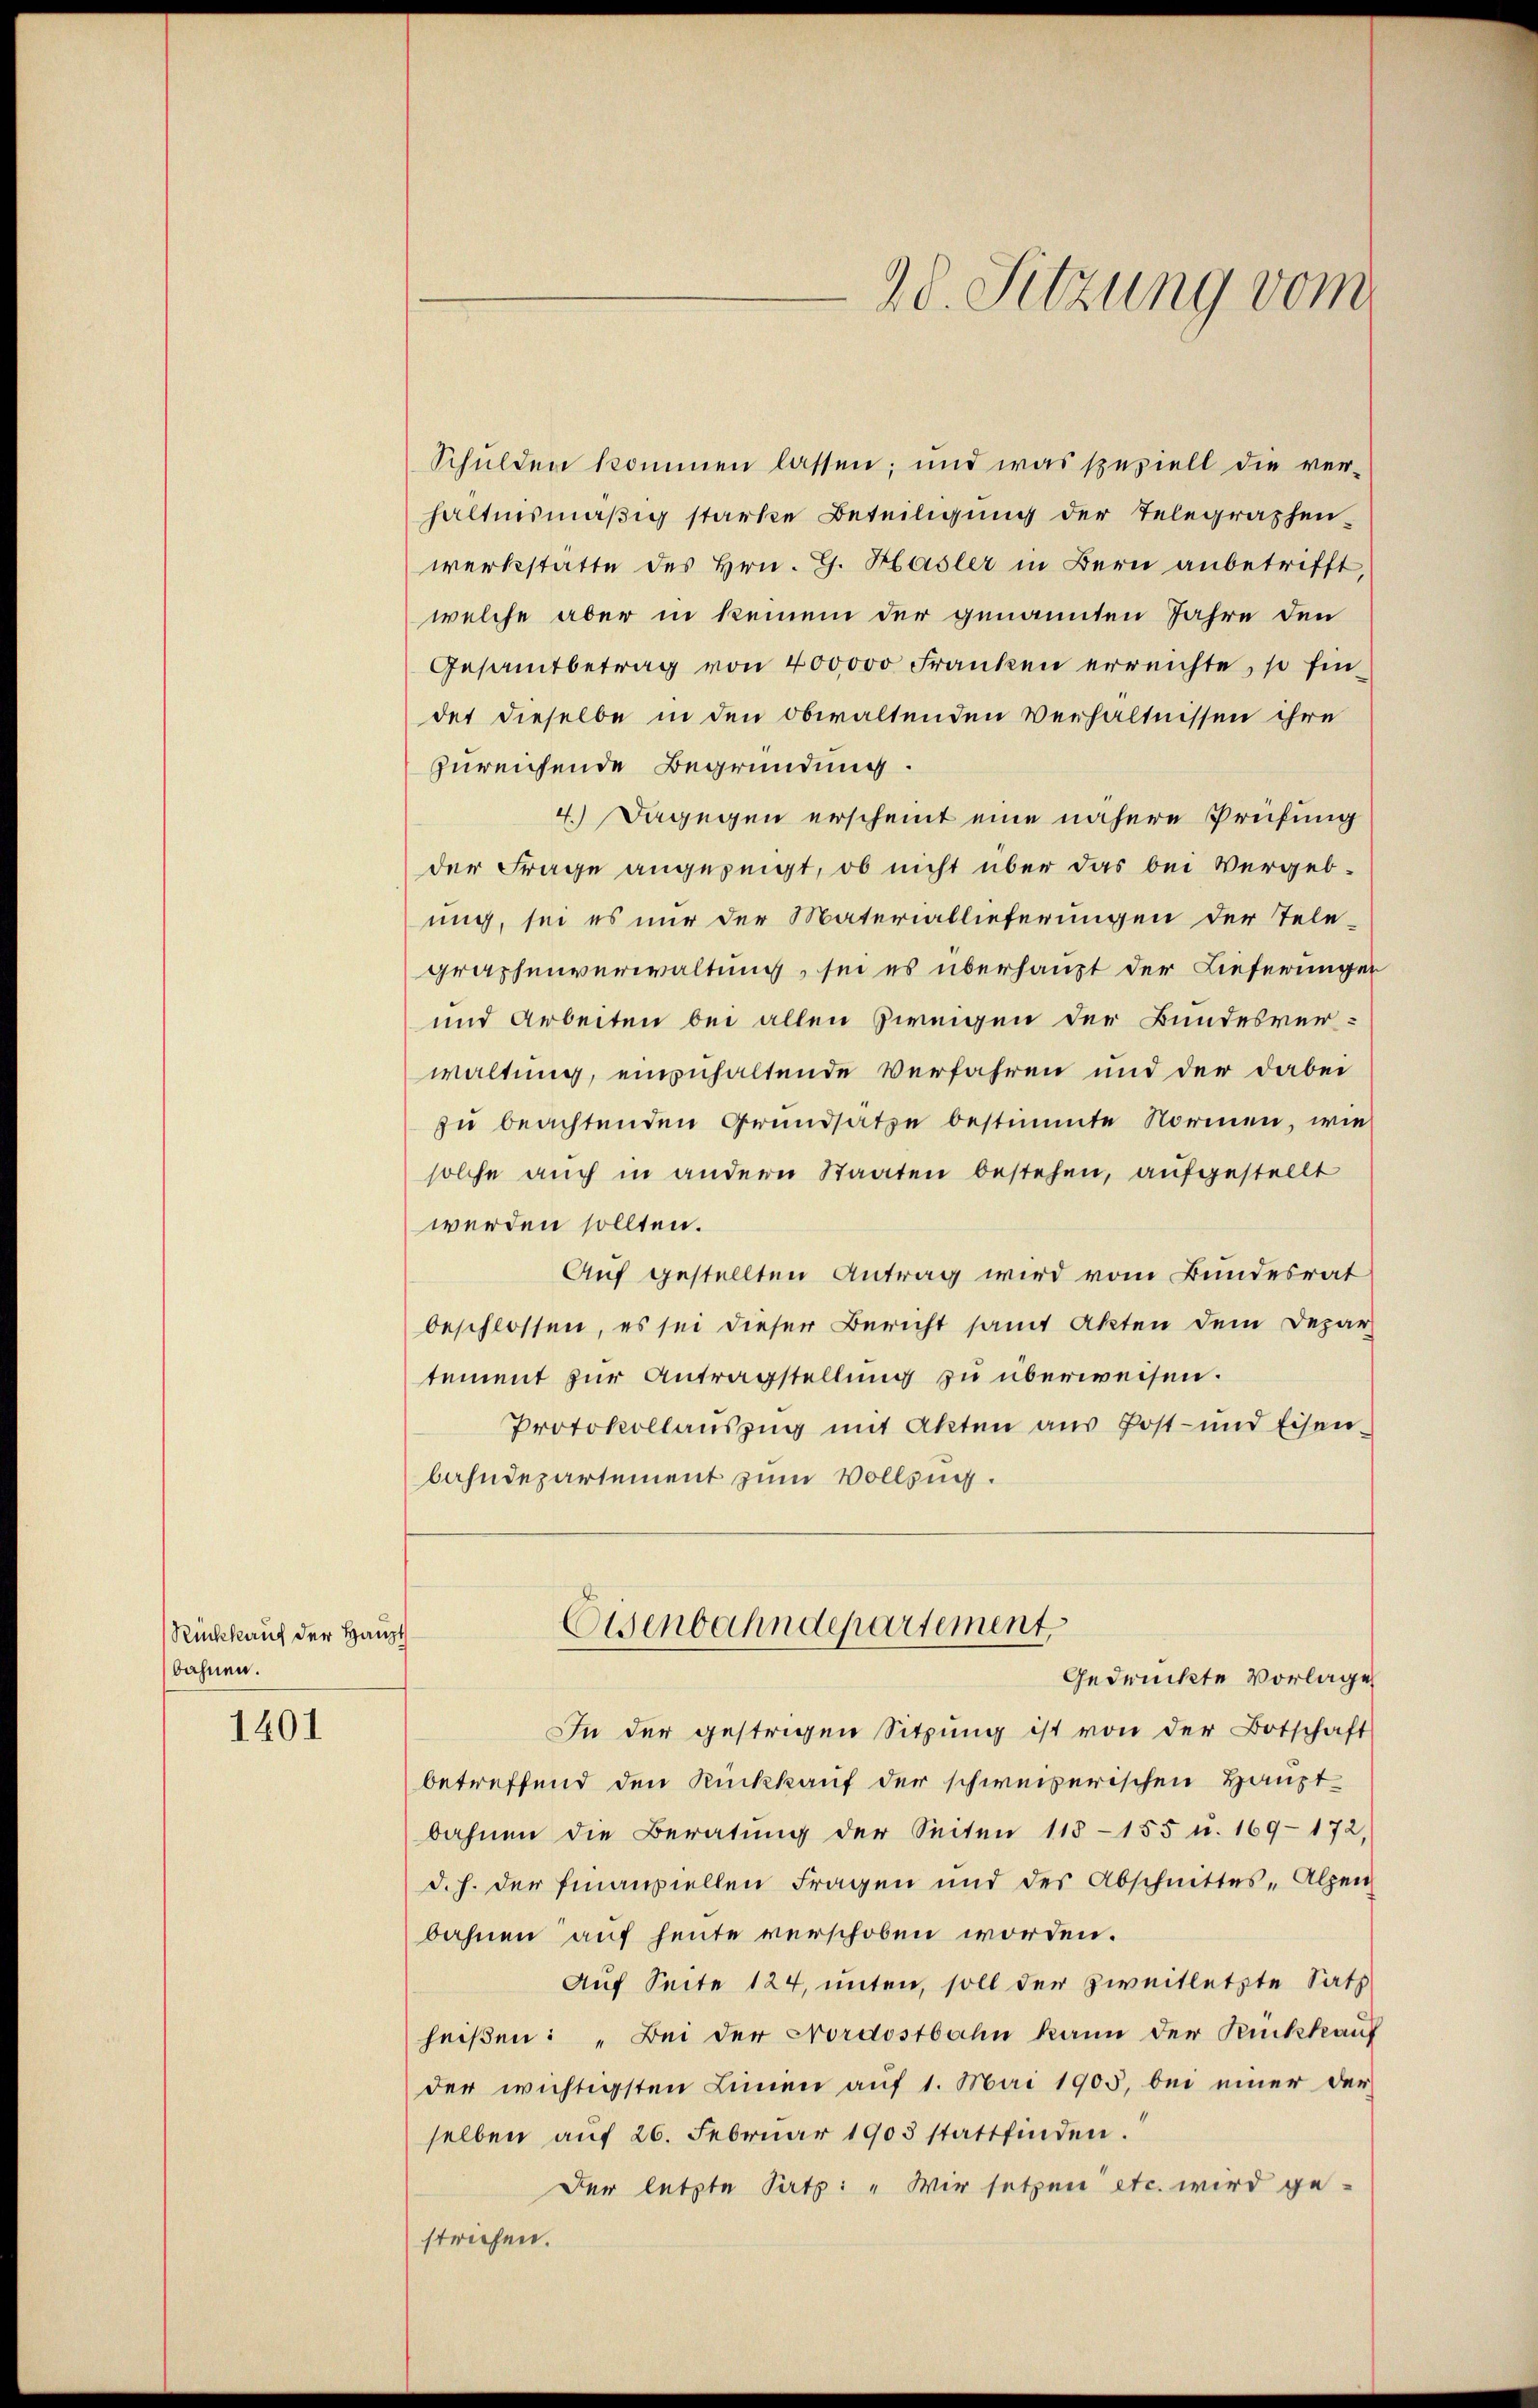
Rückkauf der Haupt
bahnen.

1401

Schulden kommen lassen; und was speziell die ver-
hältnismäßig starke Beteiligung der Telegraphen-
werkstätte des Hrn. G. Hasler in Bern anbetrifft,
welche aber in keinem der genannten Jahre den
Gesamtbetrag von 400000 Franken erreichte, so findet dieselbe in den obwaltenden Verhältnissen ihre
zureichende Begründung.
4.) Dagegen erscheint eine nähere Prüfung
der Frage angezeigt, ob nicht über das bei Vergeb-
ung, sei es nur der Materiallieferungen der Telegraphenverwaltung, sei es überhaupt der Lieferunger
und Arbeiten bei allen Zweigen der Bundesver-
waltung, einzuhaltende Verfahren und der dabei
zŭ beachtenden Grundsatze bestimmte Normen, wie
solche auch in andern Staaten bestehen, aufgestellt
werden sollten.
Auf gestellten Antrag wird vom Bundesrat
beschlossen, es sei dieser Bericht samt Akten dem Depar
tement zur Antragstellung zu überweisen.
Protokollaŭszŭg mit Akten aŭs Post- und Eisen.
bahndepartement zum Vollzung.
Osenbahndepartement
Gedrückte Vorlage
In der gestrigen Sitzŭng ist von der Botschaft
betreffend den Rückkauf der schweizerischen Haupt-
bahnen die Beratung der Seiten 115-155 u. 169-172,
d. h. der Finanziellen Fragen und des Abschnittes-Alpen
bahnen auf heute verschoben worden.
Auf Seite 124, unten, soll der zweitletzte Satz
heiβen: „Bei der Nordostbahn kann der Rückkauf
der wichtigsten Linien auf 1. Mai 1905, bei einer der
selben aŭf 26. Febrŭar 1903 stattfinden.
Der letzte Pertz: „Wir setzen etc. wird ge-
strichen.

20. Sitzung vom